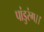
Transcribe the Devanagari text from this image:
पांडुरंग।।